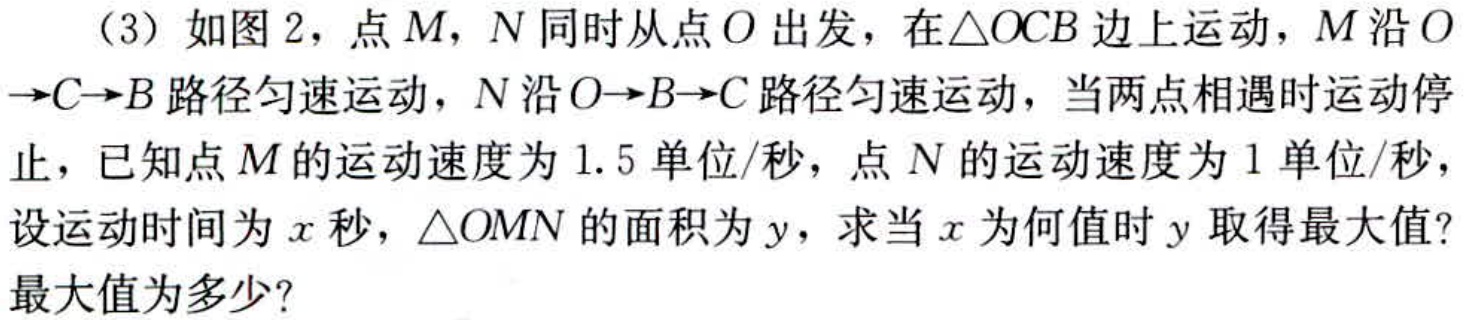
（3）如图2，点\(M\)，\(N\)同时从点\(O\)出发，在\(\triangle OCB\)边上运动，\(M\)沿\(O\rightarrow C\rightarrow B\)路径匀速运动，\(N\)沿\(O\rightarrow B\rightarrow C\)路径匀速运动，当两点相遇时运动停止，已知点\(M\)的运动速度为\(1.5\)单位/秒，点\(N\)的运动速度为\(1\)单位/秒，设运动时间为\(x\)秒，\(\triangle  OMN\)的面积为\(y\)，求当\(x\)为何值时\(y\)取得最大值？最大值为多少？